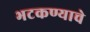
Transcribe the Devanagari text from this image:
भटकण्याचे